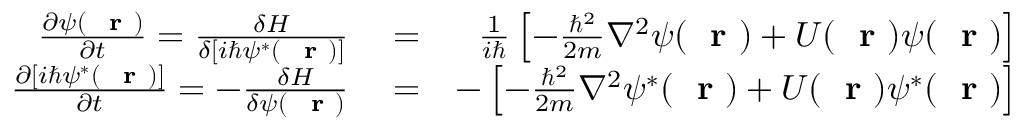
\begin{array} { r l r } { \frac { \partial \psi ( \mathrm { ~ \bf ~ r ~ } ) } { \partial t } = \frac { \delta H } { \delta [ i \hbar \psi ^ { * } ( \mathrm { ~ \bf ~ r ~ } ) ] } } & { { } = } & { \frac { 1 } { i \hbar } \left[ - \frac { \hbar ^ { 2 } } { 2 m } \nabla ^ { 2 } \psi ( \mathrm { ~ \bf ~ r ~ } ) + U ( \mathrm { ~ \bf ~ r ~ } ) \psi ( \mathrm { ~ \bf ~ r ~ } ) \right] } \\ { \frac { \partial [ i \hbar \psi ^ { * } ( \mathrm { ~ \bf ~ r ~ } ) ] } { \partial t } = - \frac { \delta H } { \delta \psi ( \mathrm { ~ \bf ~ r ~ } ) } } & { { } = } & { - \left[ - \frac { \hbar ^ { 2 } } { 2 m } \nabla ^ { 2 } \psi ^ { * } ( \mathrm { ~ \bf ~ r ~ } ) + U ( \mathrm { ~ \bf ~ r ~ } ) \psi ^ { * } ( \mathrm { ~ \bf ~ r ~ } ) \right] } \end{array}